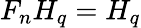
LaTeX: F_{n}H_{q}=H_{q}